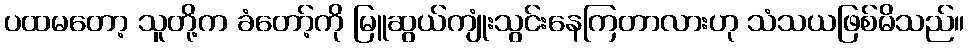
ပထမတော့ သူတို့က ခံတော့်ကို မြူဆွယ်ကျုံးသွင်းနေကြတာလားဟု သံသယဖြစ်မိသည်။